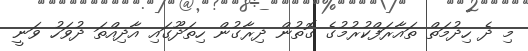
މި ދެ ހިދުމަތް ތައާރަފްކުރުމުގެ ގޮތުން ދިރާގުން ހިތަދޫގައި އާދިއްތަ ދުވަހު ވަނީ